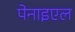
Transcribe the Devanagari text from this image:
पेनाइएल